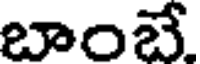
బాంబే